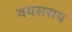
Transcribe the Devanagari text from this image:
वयसराय